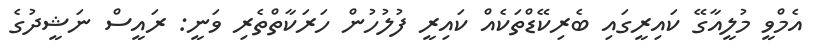
އެމްވީ މުލީއާގޭ ކައިރީގައި ބެރިކޭޑްތަކެއް ކައިރީ ފުލުހުން ހަރަކާތްތެރި ވަނީ: ރައީސް ނަޝީދުގެ